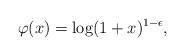
LaTeX: \begin{align*} \varphi(x) = \log( 1 + x)^{1-\epsilon},\end{align*}